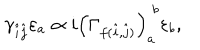
\gamma _ { \hat { i } \hat { j } } \varepsilon _ { a } \propto i \left( \Gamma _ { f ( \hat { i } , \hat { j } ) } \right) _ { a } ^ { \; b } \varepsilon _ { b } ,